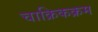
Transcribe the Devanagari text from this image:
चाक्रिकक्रम